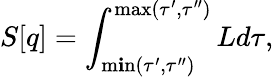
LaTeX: S[q]=\int_{\operatorname*{m\mathbf{i}n}(\tau^{\prime},\tau^{\prime\prime})}^{\operatorname*{max}(\tau^{\prime},\tau^{\prime\prime})}Ld\tau,